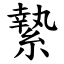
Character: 縶